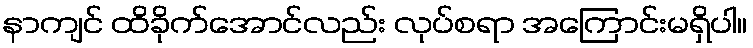
နာကျင် ထိခိုက်အောင်လည်း လုပ်စရာ အကြောင်းမရှိပါ။